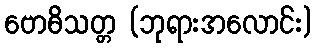
ဗောဓိသတ္တ (ဘုရားအလောင်း)